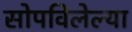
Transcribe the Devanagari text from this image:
सोपविलेल्या